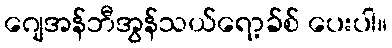
ဂျေအန်ဘီအွန်သယ်ရော့ခ်စ် ပေးပါ။